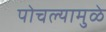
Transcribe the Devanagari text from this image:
पोचल्यामुळे